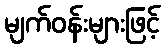
မျက်ဝန်းများဖြင့်